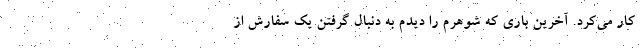
کار می‌کرد. آخرین باری که شوهرم را دیدم به دنبال گرفتن یک سفارش از